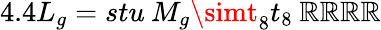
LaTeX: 4.4L_{g}=stu\: M_{g}\simt_{8}t_{8}\: \mathbb{R}\mathbb{R}\mathbb{R}\mathbb{R}